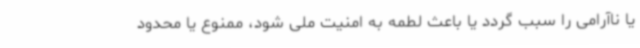
یا ناآرامی را سبب گردد یا باعث لطمه به امنیت ملی شود، ممنوع یا محدود